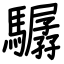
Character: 驏